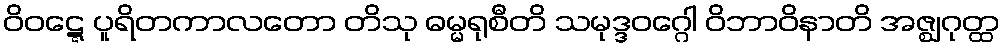
ဝိဝဋ္ဋေ ပူရိတကာလတော တိသု ဓမ္မရုစီတိ သမုဒ္ဒဝဂ္ဂေါ ဝိဘာဝိနာတိ အဇ္ဈဂုတ္ထ